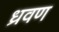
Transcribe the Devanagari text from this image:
ध्रवण